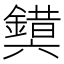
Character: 𰽉